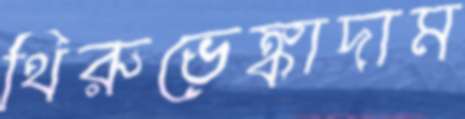
থিরুভেঙ্কাদাম